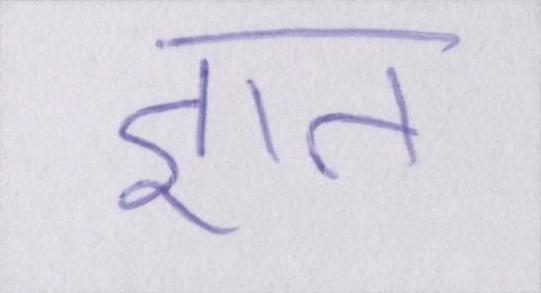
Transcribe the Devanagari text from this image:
ज्ञात